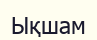
Ықшам